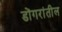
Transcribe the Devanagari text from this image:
डोंगरांतील